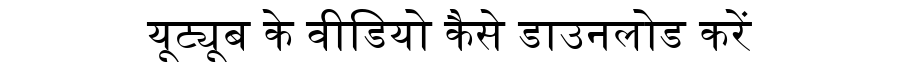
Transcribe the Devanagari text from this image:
यूट्यूब के वीडियो कैसे डाउनलोड करें